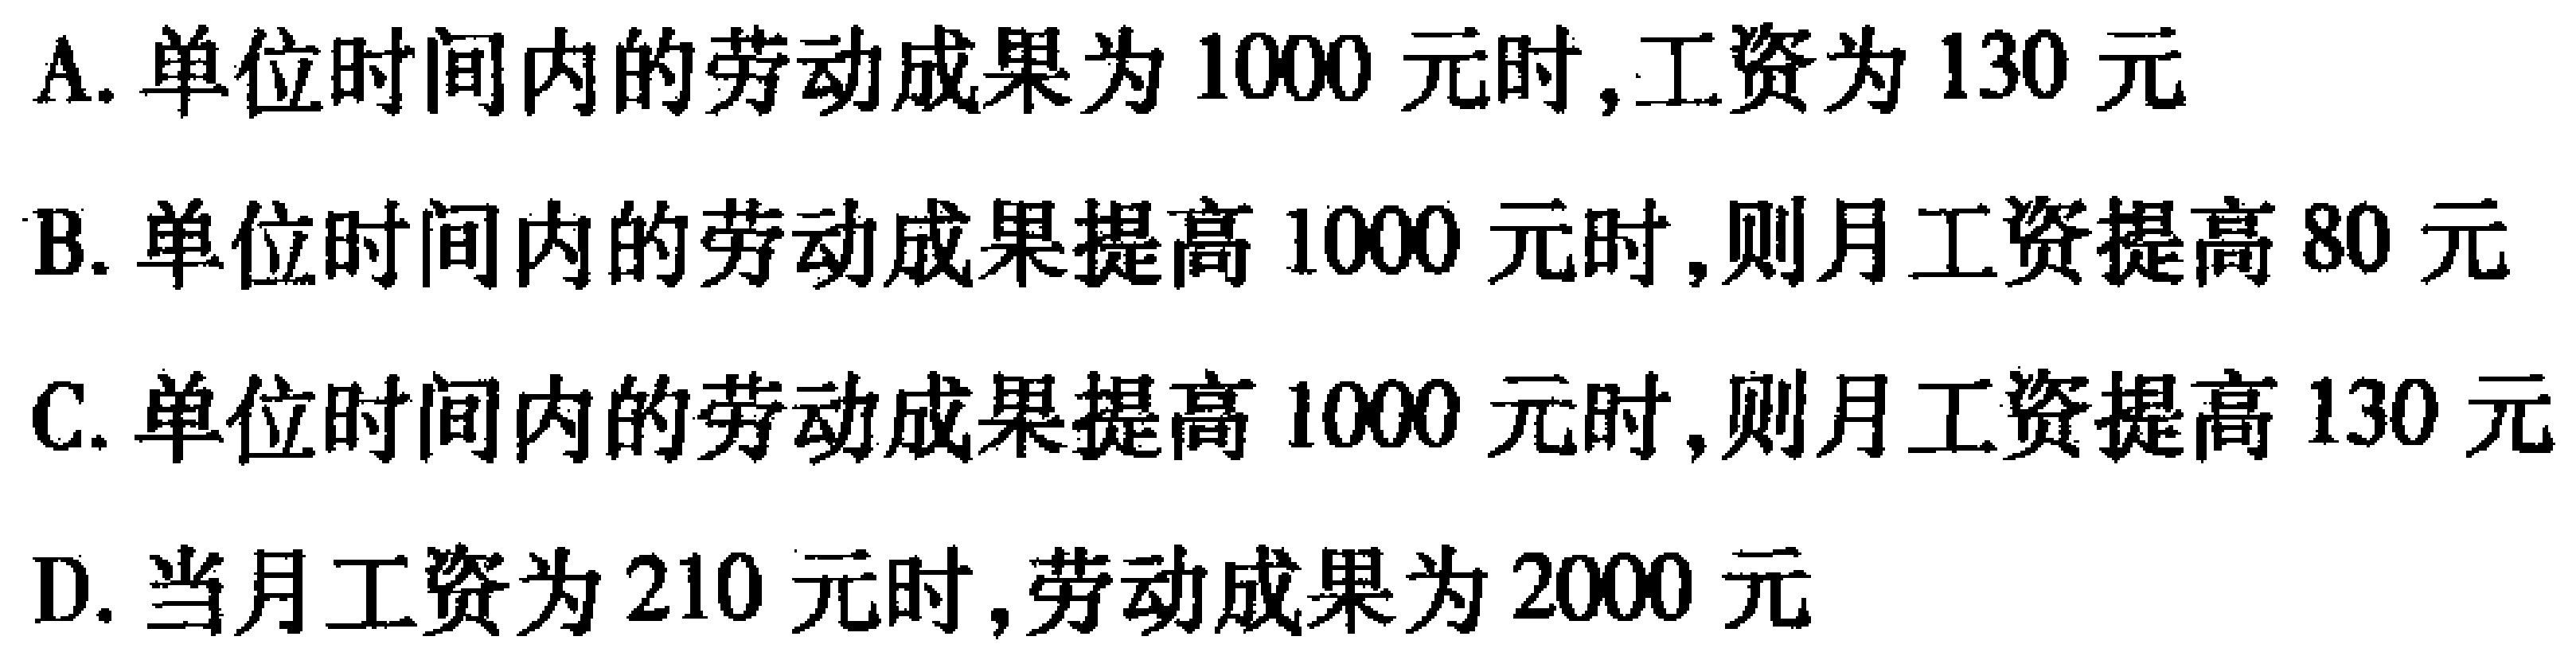
A. 单位时间内的劳动成果为1000元时,工资为130元

B. 单位时间内的劳动成果提高1000元时,则月工资提高80元

C. 单位时间内的劳动成果提高1000元时,则月工资提高130元

D. 当月工资为210元时,劳动成果为2000元